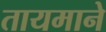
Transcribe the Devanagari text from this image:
तायमाने